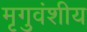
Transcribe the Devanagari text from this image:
मृगुवंशीय